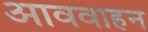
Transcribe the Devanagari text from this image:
आववाहन